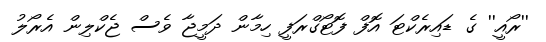
''ރޯއީ'' ގެ ޑައިރެކްޓަ އޮފް ފޮޓޯގްރަފީ ހިމާން ދަމީޖާ ވެސް ޖެކްލިން އެރޯލު